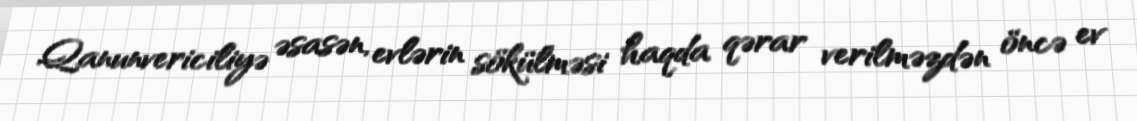
Qanunvericiliyə əsasən, evlərin sökülməsi haqda qərar verilməzdən öncə ev